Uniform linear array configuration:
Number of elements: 24
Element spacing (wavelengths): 0.75
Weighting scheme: binomial
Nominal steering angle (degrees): -60
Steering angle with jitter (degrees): -58.132
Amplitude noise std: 0.05
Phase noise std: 0.05

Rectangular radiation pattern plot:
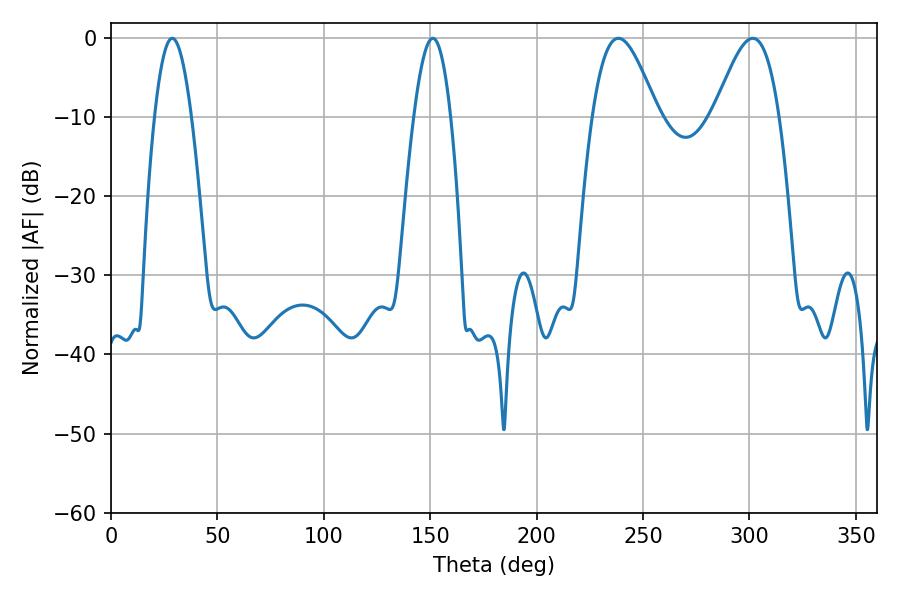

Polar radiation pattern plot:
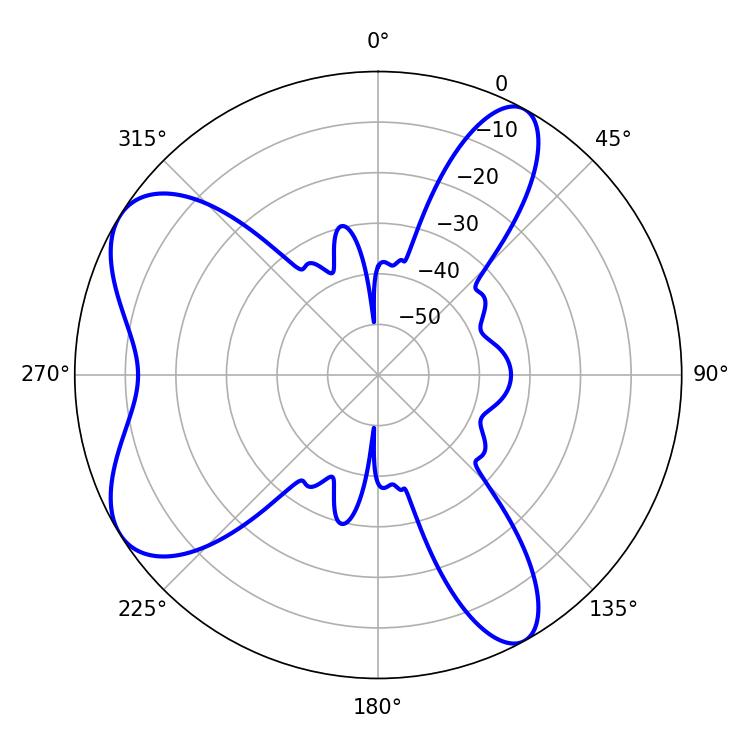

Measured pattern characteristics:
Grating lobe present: TRUE
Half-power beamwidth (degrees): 9.54
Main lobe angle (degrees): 28.8